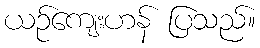
ယဉ်ကျေးဟန် ပြသည်။